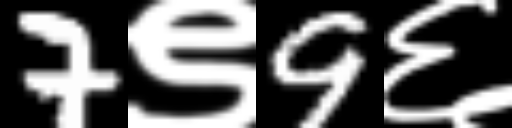
Text: 7९9६